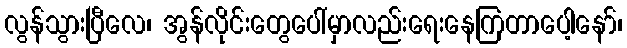
လွန်သွားပြီလေ၊ အွန်လိုင်းတွေပေါ်မှာလည်းရေးနေကြတာပေါ့နော်၊